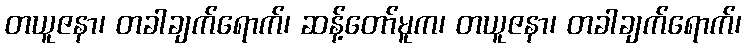
တယူဇနာ၊ တခါချက်ရောက်၊ ဆန့်တော်မူက၊ တယူဇနာ၊ တခါချက်ရောက်၊